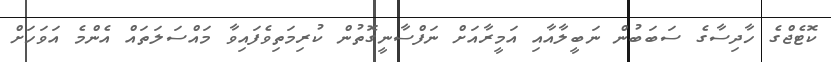
ކޮޓެޖްގެ ހާދިސާގެ ސަބަބުން ނަބީލާއާއި އަމީރާއަށް ނަފްސާނީގޮތުން ކުރިމަތިވެފައިވާ މައްސަލަތައް އެންމެ އަވަހަށް